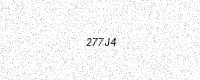
Text: 277J4